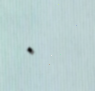
٠